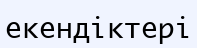
екендіктері